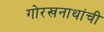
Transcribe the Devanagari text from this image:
गोरखनाथांची